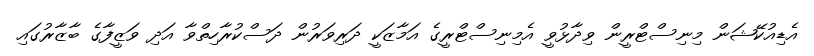
އެޑިއުކޭޝަން މިނިސްޓްރީން ވިދާޅުވީ އެމިނިސްޓްރީގެ އަމާޒަކީ ދަރިވަރުން ދަސްކުރާހިތްވާ އަދި ވަޒީފާގެ ބާޒާރުގައި